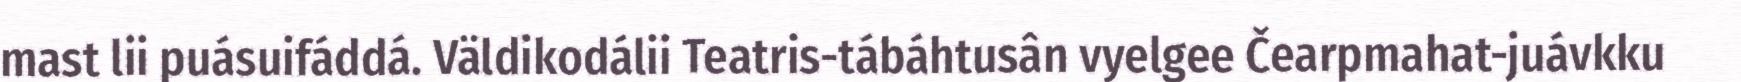
mast lii puásuifáddá. Väldikodálii Teatris-tábáhtusân vyelgee Čearpmahat-juávkku